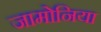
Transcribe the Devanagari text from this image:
जामोनिया